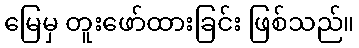
မြေမှ တူးဖော်ထားခြင်း ဖြစ်သည်။